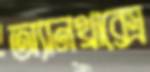
অ্যানথ্রাক্সে